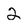
Character: 2